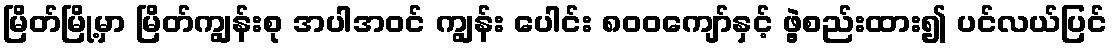
မြိတ်မြို့မှာ မြိတ်ကျွန်းစု အပါအဝင် ကျွန်း ပေါင်း ၈၀၀ကျော်နှင့် ဖွဲ့စည်းထား၍ ပင်လယ်ပြင်